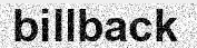
billback